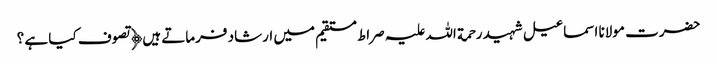
حضرت مولانا اسماعیل شہید رحمة اللہ علیہ صراط مستقیم میں ارشاد فرماتے ہیں﴿ تصوف کیا ہے ؟